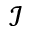
\mathcal { I }